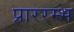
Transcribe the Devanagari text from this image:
प्राररम्भ